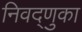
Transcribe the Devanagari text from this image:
निवद्णुका